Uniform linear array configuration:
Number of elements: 64
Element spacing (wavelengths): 1
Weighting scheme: hamming
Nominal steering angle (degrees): -15
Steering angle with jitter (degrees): -15.966
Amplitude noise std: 0.05
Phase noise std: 0.05

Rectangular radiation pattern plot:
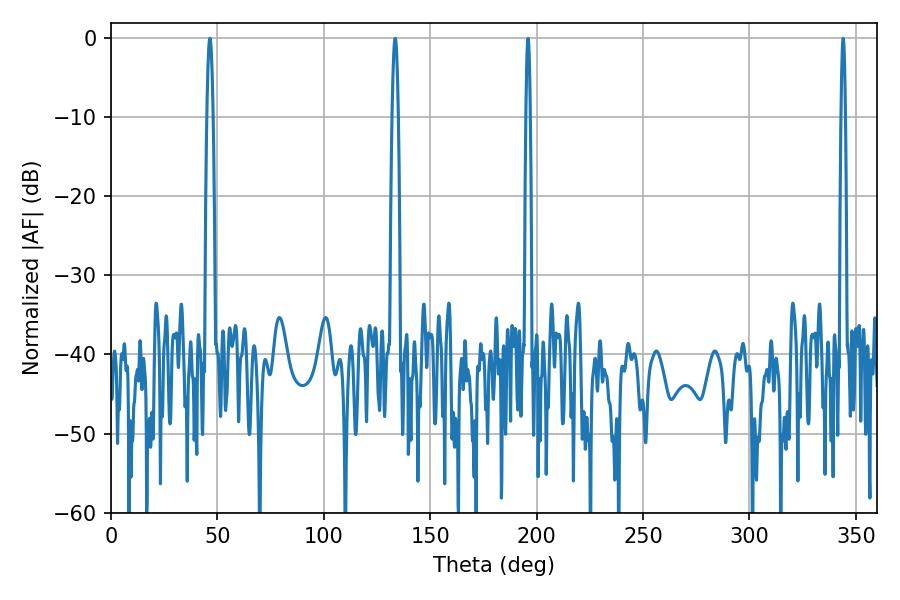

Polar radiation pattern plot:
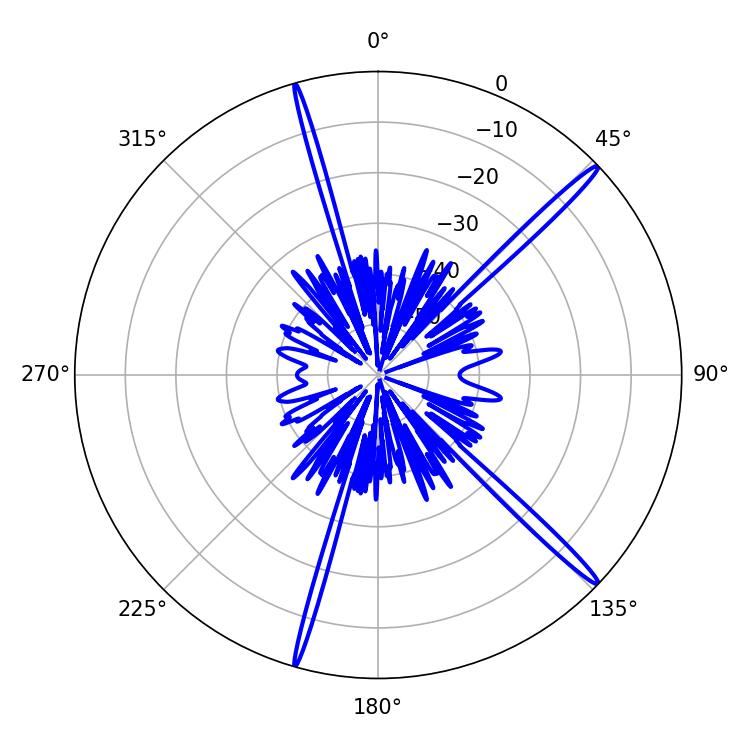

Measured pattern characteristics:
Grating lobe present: TRUE
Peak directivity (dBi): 17.829
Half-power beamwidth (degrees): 1.44
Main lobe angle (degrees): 46.44